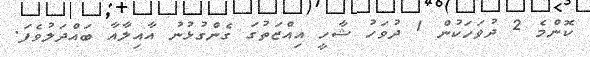
ކޮންމެ 2 ދުވަހަކުން 1 ދުވަހު ޝާހީ އިއްޒަތުގަ ގެންގުޅުނު އާއިލާއާ ބައްދަލުވެފަ.